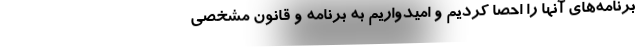
برنامه‌های آنها را احصا کردیم و امیدواریم به برنامه و قانون مشخصی